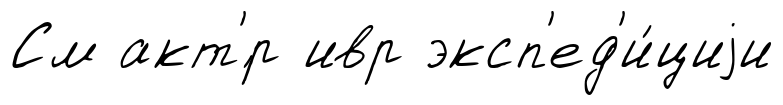
См акт'́р ивр эксп'ед'и́циjи